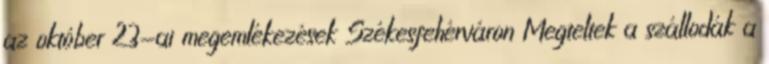
az október 23-ai megemlékezések Székesfehérváron Megteltek a szállodák a